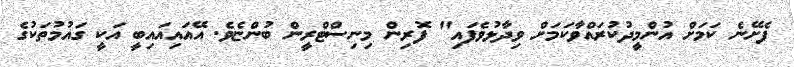
ފެށޭނެ ކަމަށް އުންމީދުކުރައްވާކަމަށް ވިދާޅުވެފައި" ފޮރިން މިނިސްޓްރީން ބުންޏެވެ. އޭއައިއައިބީ އަކީ ގައުމުތަކުގެ